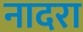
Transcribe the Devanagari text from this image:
नादरा